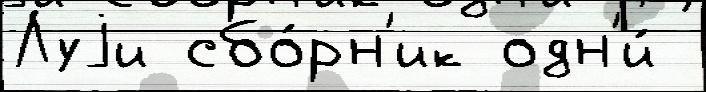
Луjи сбо́рн'ик одн'и́